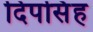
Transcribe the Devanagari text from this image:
दिपसिंह